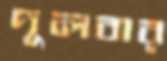
দুলবার